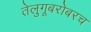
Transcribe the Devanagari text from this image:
तेलुगूबरोबरच